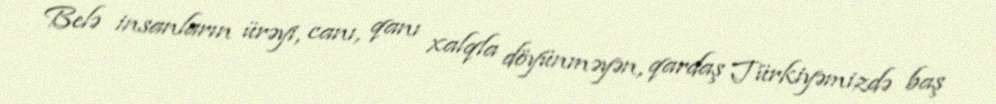
Belə insanların ürəyi, canı, qanı xalqla döyünməyən, qardaş Türkiyəmizdə baş